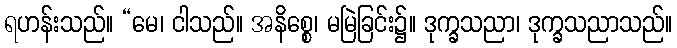
ရဟန်းသည်။ “မေ၊ ငါသည်။ အနိစ္စေ၊ မမြဲခြင်း၌။ ဒုက္ခသညာ၊ ဒုက္ခသညာသည်။